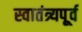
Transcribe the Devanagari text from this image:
स्वातंत्र्यपूूर्व